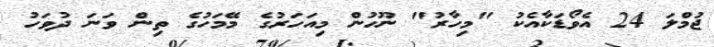
ޖުމްލަ 24 އެވޯޑަކާއެކު "މިހާރު" ނޫހުން މިއަހަރުގެ މޭމަހުގެ ތިން ވަނަ ދުވަހު